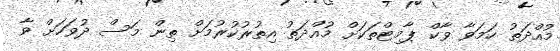
މުއްދަތު ހަމަވާ ވާކް ޕާމިޓްތަކަށް މުއްދަތު އިތުރުކުރުމަށް ތިން މަސް ދުވަހަށް ވާ